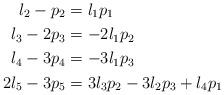
LaTeX: \begin{align*} l_2 - p_2 &= l_1p_1\\ l_3 - 2p_3 &= -2l_1p_2\\ l_4 - 3p_4 &= -3l_1p_3 \\ 2l_5 - 3p_5 &= 3l_3p_2 - 3l_2p_3 + l_4p_1\end{align*}